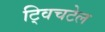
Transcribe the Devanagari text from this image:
ट्विचटेल